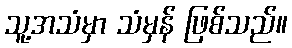
သူ့အသံမှာ သံမှန် ဖြစ်သည်။